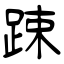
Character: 踈